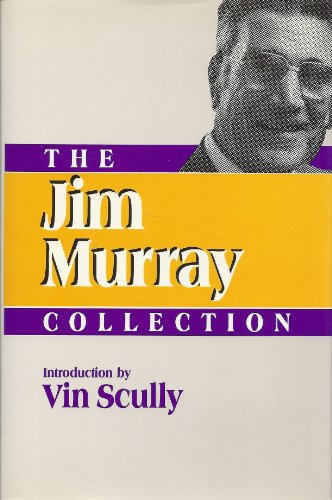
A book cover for The Jim Murray Collection (Contemporary Sportswriters Series); Jim Murray; Sports & Outdoors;